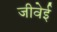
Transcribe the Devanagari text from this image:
जीवेई